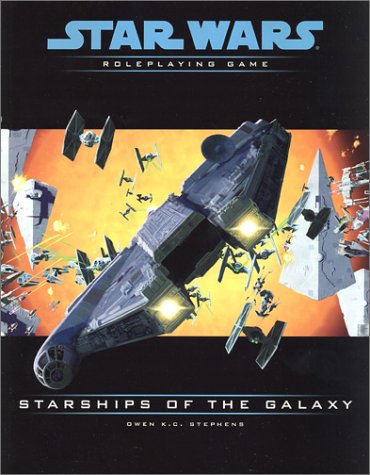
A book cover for Starships of the Galaxy (Star Wars Roleplaying Game); Owen K.C. Stephens; Science Fiction & Fantasy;